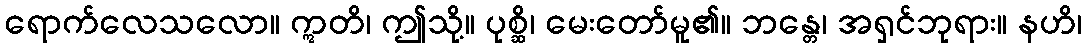
ရောက်လေသလော။ ဣတိ၊ ဤသို့။ ပုစ္ဆိ၊ မေးတော်မူ၏။ ဘန္တေ၊ အရှင်ဘုရား။ နဟိ၊